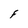
Character: F